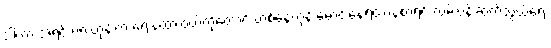
ဒါဟာ အရင် ၈၈ တုန်းက ရေးနဲ့ထားဝယ်ကိုတောင် တစ်နေကုန် မောင်းနေရတာနဲ့စာရင် လမ်းပန်းဆက်သွယ်ရေး